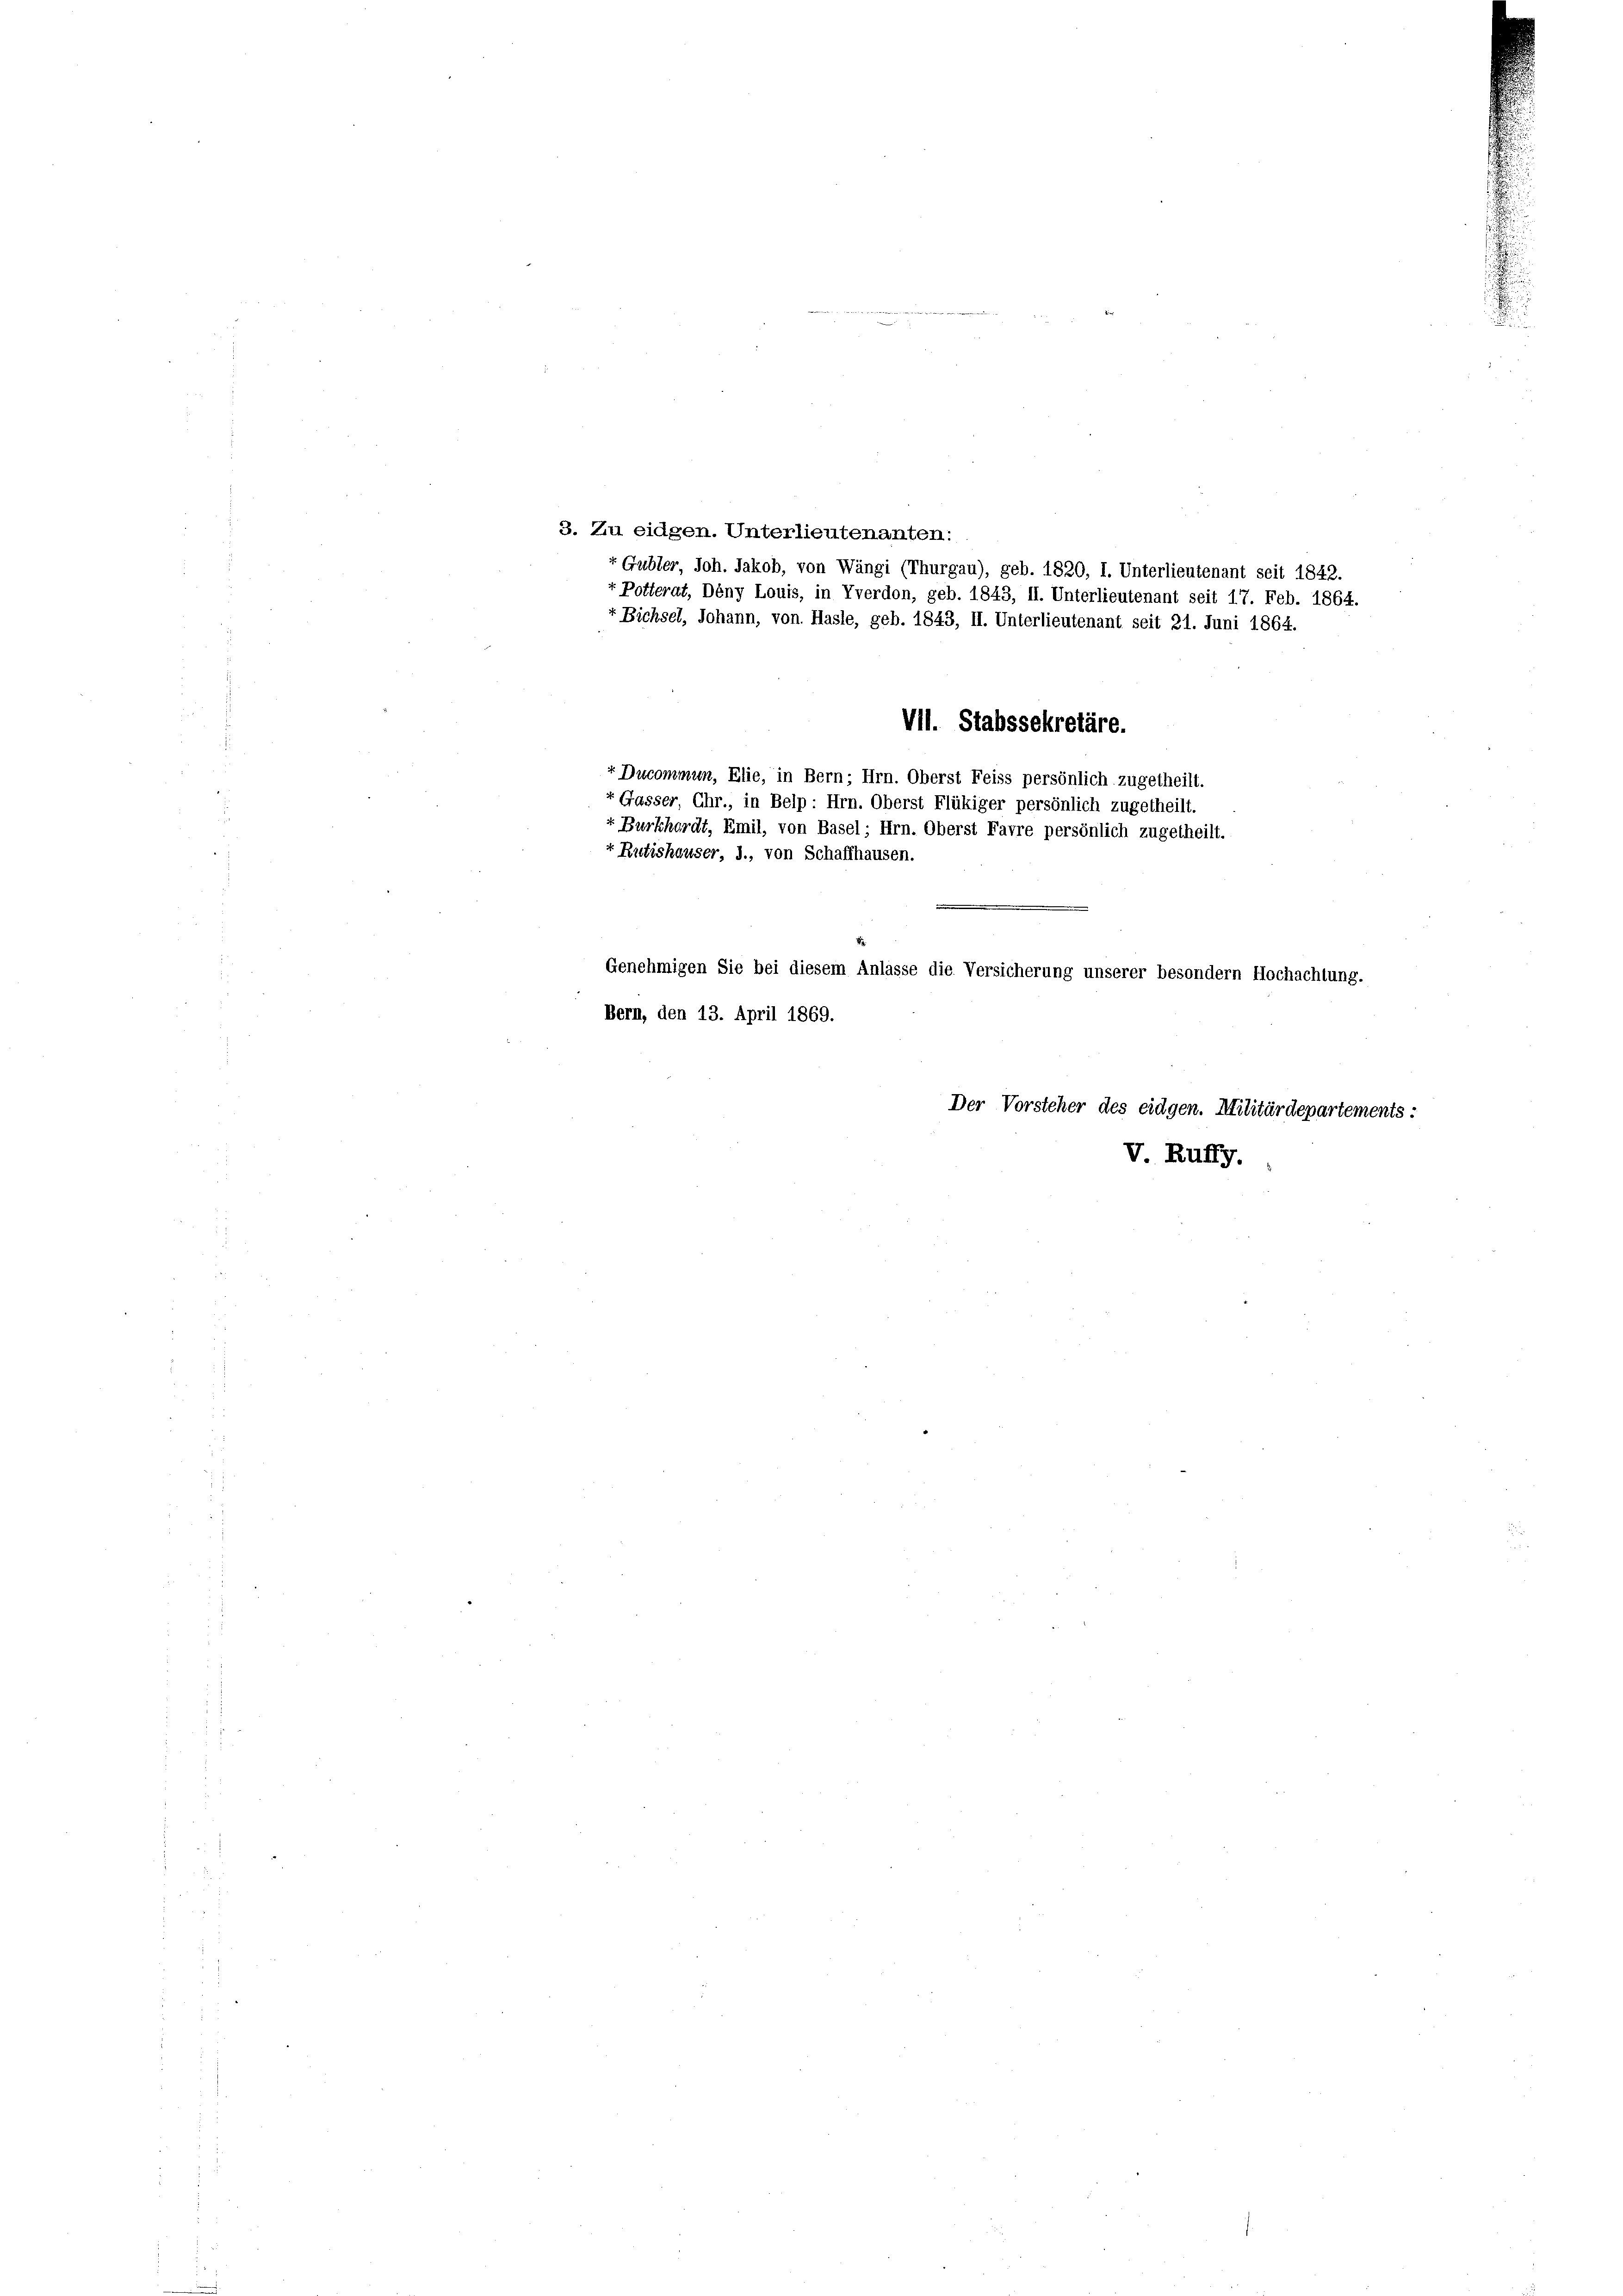
3. Zu eidgen. Unterlieutenanten:
+ Gubler, Joh. Jakob, von Wängi (Thurgau), geb. 1820, I. Unterlieutenant seit 1842.
r Potterat, Dény Louis, in Yverdon, geb. 1843, II. Unterlieutenant seit 17. Feb. 1864.
+ Bichsel, Johann, von. Hasle, geb. 1843, II. Unterlieutenant seit 21. Juni 1864.
VII. Stabssekretäre.
r Ducommun, Elie, in Bern; Hrn. Oberst Feiss persönlich zugetheilt.
r Gasser, Chr., in Belp: Hrn. Oberst Flükiger persönlich zugetheilt.
+ Burkhardt, Emil, von Basel; Hrn. Oberst Favre persönlich zugetheilt.
Rutishäuser, J., von Schaffhausen.
Genehmigen Sie bei diesem Anlasse die Versicherung unserer besondern Hochachtung.
Bern, den 13. April 1869.
Der Vorsteher des eidgen. Militärdepartements:
V. Ruffy.